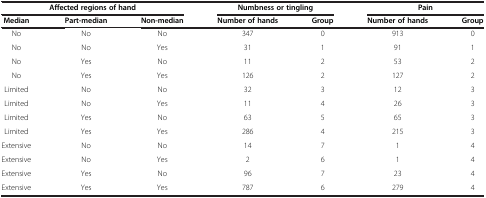
<table><thead><tr><td colspan="3"><b>Affected regions of hand</b></td><td colspan="2"><b>Numbness or tingling</b></td><td colspan="2"><b>Pain</b></td></tr><tr><td><b>Median</b></td><td><b>Part-median</b></td><td><b>Non-median</b></td><td><b>Number of hands</b></td><td><b>Group</b></td><td><b>Number of hands</b></td><td><b>Group</b></td></tr></thead><tbody><tr><td>No</td><td>No</td><td>No</td><td>347</td><td>0</td><td>913</td><td>0</td></tr><tr><td>No</td><td>No</td><td>Yes</td><td>31</td><td>1</td><td>91</td><td>1</td></tr><tr><td>No</td><td>Yes</td><td>No</td><td>11</td><td>2</td><td>53</td><td>2</td></tr><tr><td>No</td><td>Yes</td><td>Yes</td><td>126</td><td>2</td><td>127</td><td>2</td></tr><tr><td>Limited</td><td>No</td><td>No</td><td>32</td><td>3</td><td>12</td><td>3</td></tr><tr><td>Limited</td><td>No</td><td>Yes</td><td>11</td><td>4</td><td>26</td><td>3</td></tr><tr><td>Limited</td><td>Yes</td><td>No</td><td>63</td><td>5</td><td>65</td><td>3</td></tr><tr><td>Limited</td><td>Yes</td><td>Yes</td><td>286</td><td>4</td><td>215</td><td>3</td></tr><tr><td>Extensive</td><td>No</td><td>No</td><td>14</td><td>7</td><td>1</td><td>4</td></tr><tr><td>Extensive</td><td>No</td><td>Yes</td><td>2</td><td>6</td><td>1</td><td>4</td></tr><tr><td>Extensive</td><td>Yes</td><td>No</td><td>96</td><td>7</td><td>23</td><td>4</td></tr><tr><td>Extensive</td><td>Yes</td><td>Yes</td><td>787</td><td>6</td><td>279</td><td>4</td></tr></tbody></table>